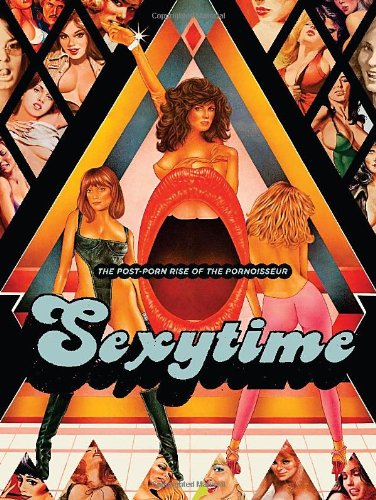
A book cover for Sexytime: The Post-Porn Rise of the Pornoisseur; Jacques Boyreau; Politics & Social Sciences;